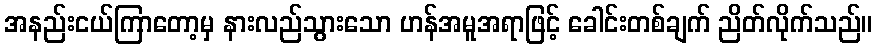
အနည်းငယ်ကြာတော့မှ နားလည်သွားသော ဟန်အမူအရာဖြင့် ခေါင်းတစ်ချက် ညိတ်လိုက်သည်။